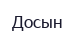
Досын